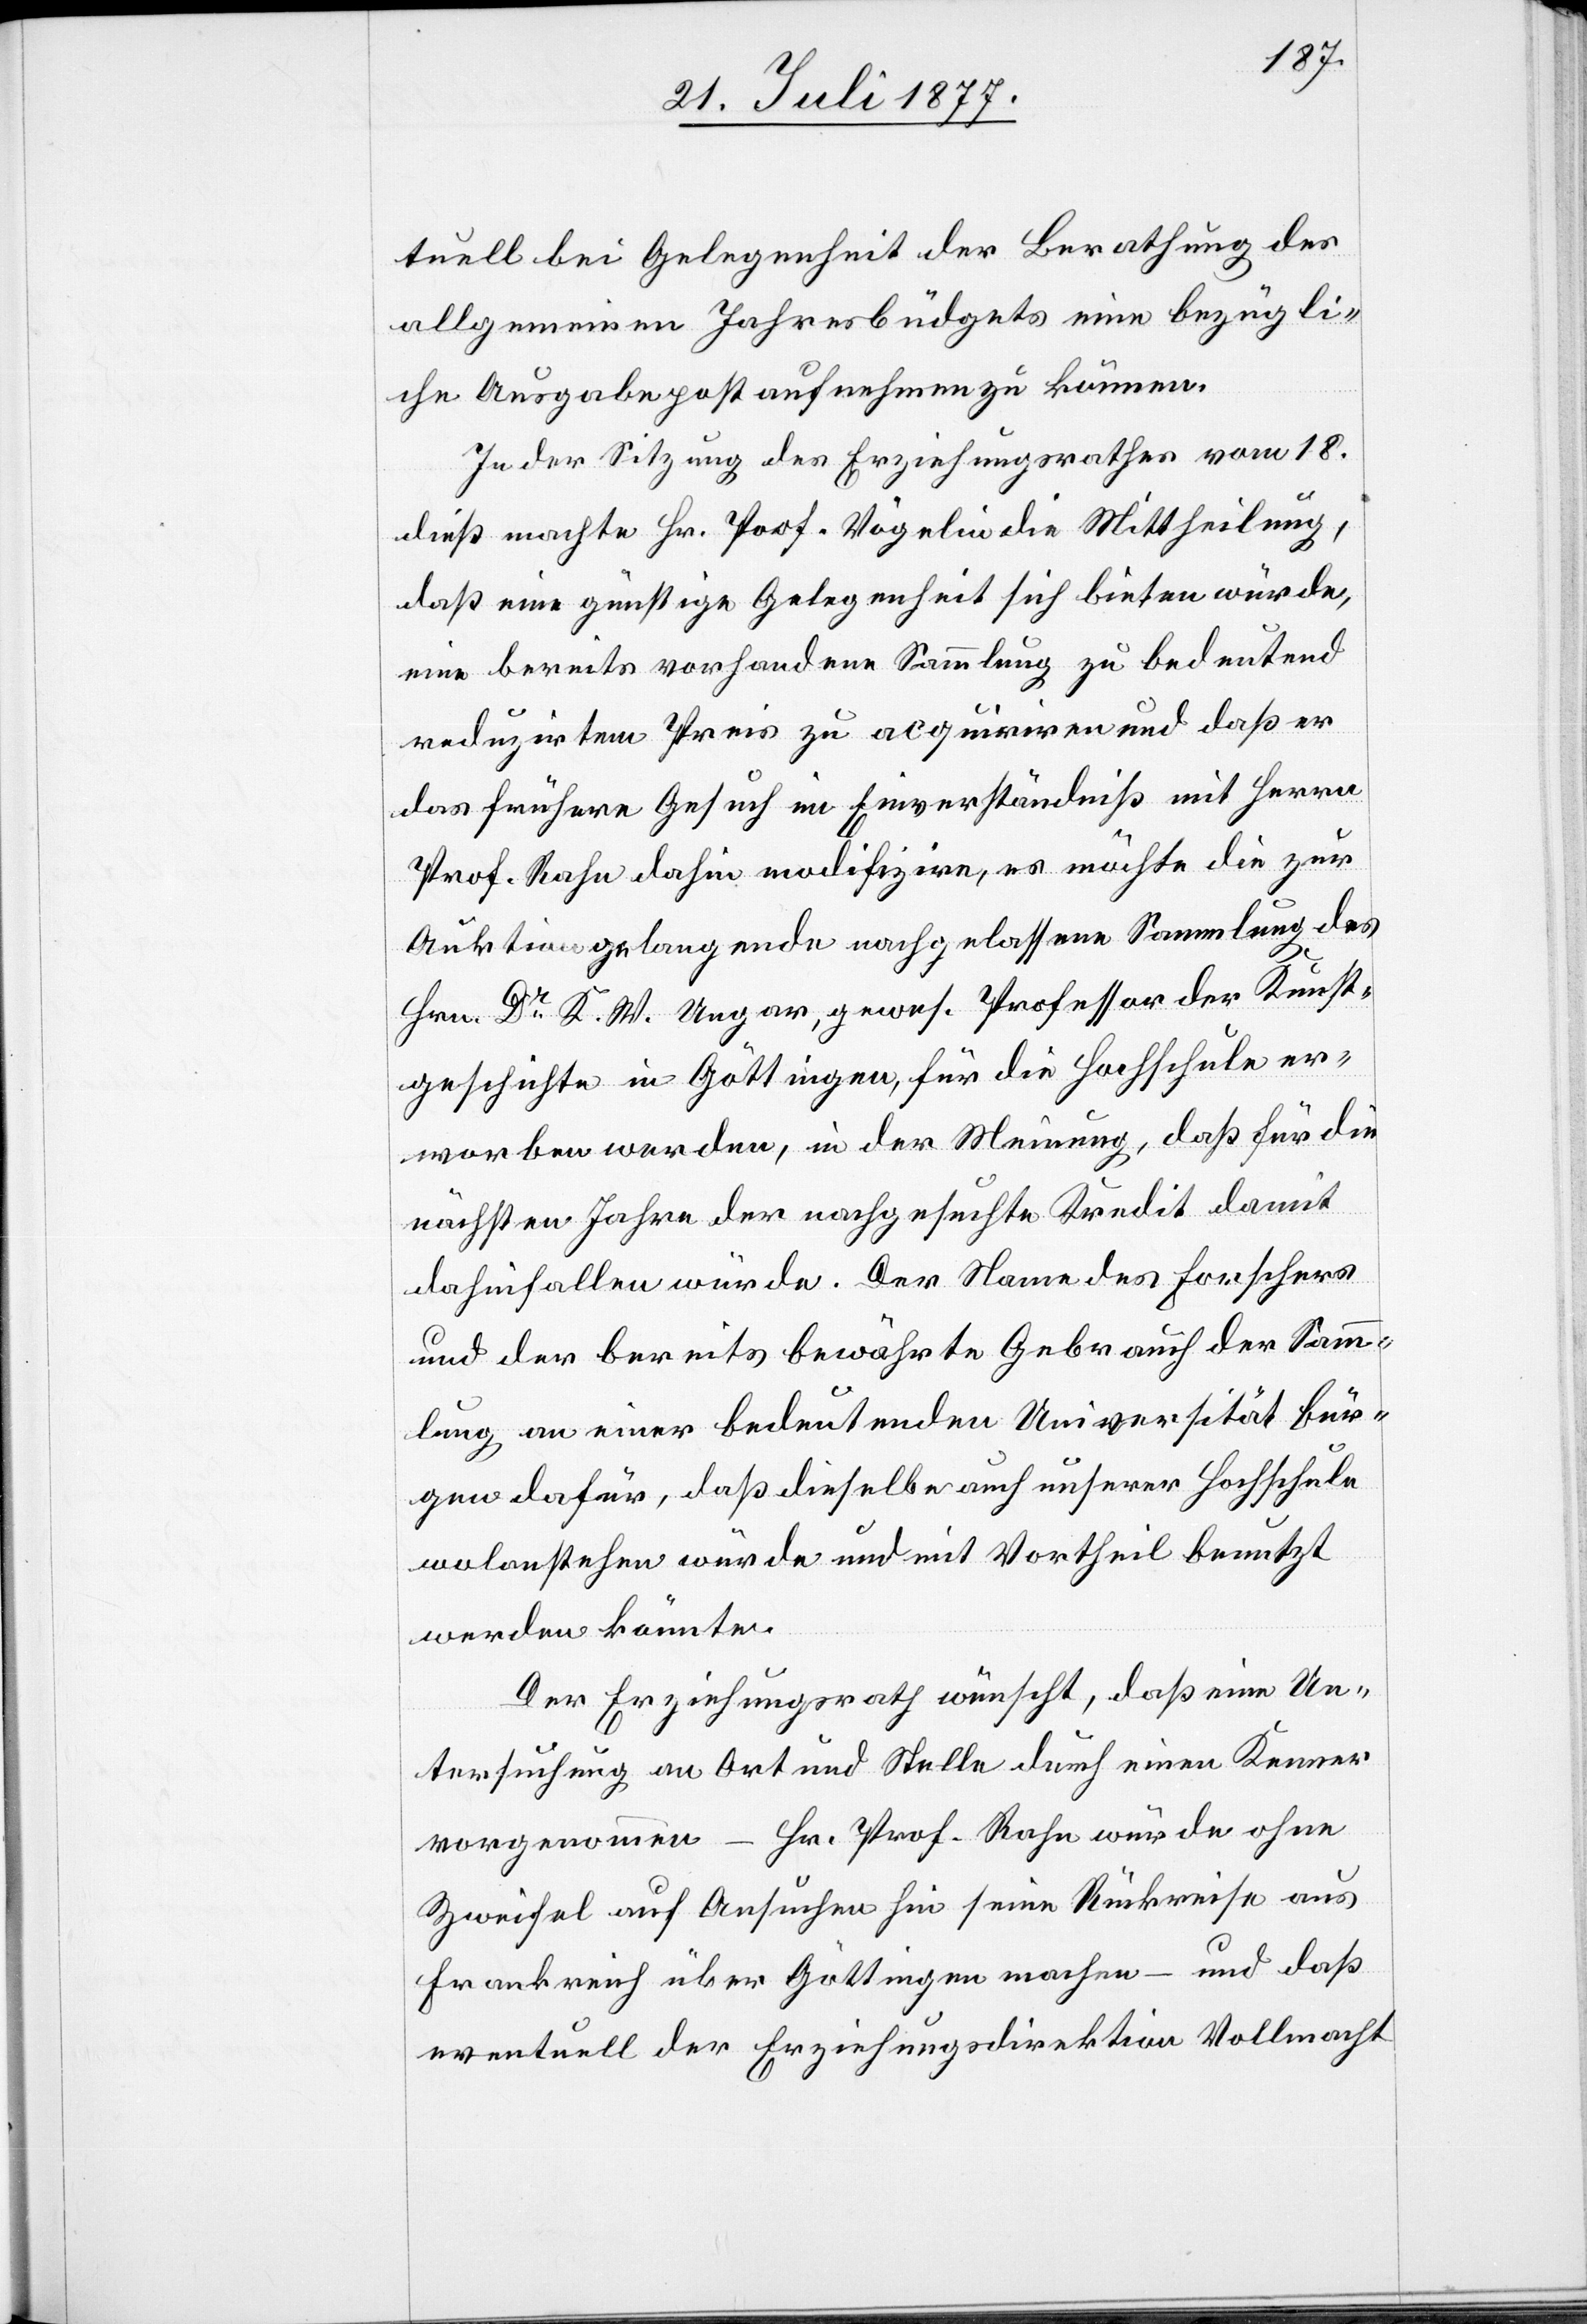
tuell bei Gelegenheit der Berathung des
allgemeinen Jahresbüdgets eine bezügli¬
che Ausgabepost aufnehmen zu können.
In der Sitzung des Erziehungsrathes vom 18.
dieß machte Hr. Prof. Vögelin die Mittheilung,
daß eine günstige Gelegenheit sich bieten würde,
eine bereits vorhandene Sammlung zu bedeutend
reduzirtem Preis zu acquiriren und daß er
das frühere Gesuch im Einverständniß mit Herrn
Prof. Rahn dahin modifizire, es möchte die zur
Auktion gelangende nachgelassene Sammlung des
Hrn. Dr K. W. Ungar, gewes. Professor der Kunst¬
geschichte in Göttingen, für die Hochschule er¬
worben werden, in der Meinung, daß für die
nächsten Jahre der nachgesuchte Kredit damit
dahinfallen würde. Der Name des Forschers
und der bereits bewährte Gebrauch der Samm¬
lung an einer bedeutenden Universität bür¬
gen dafür, daß dieselbe auch unserer Hochschule
wolanstehen würde und mit Vortheil benutzt
werden könnte.
Der Erziehungsrath wünscht, daß eine Un¬
tersuchung an Ort und Stelle durch einen Kenner
vorgenommen – Hr. Prof. Rahn würde ohne
Zweifel auf Ansuchen hin seine Rückreise aus
Frankreich über Göttingen machen – und daß
eventuell der Erziehungsdirektion Vollmacht